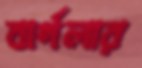
বার্গলার